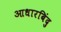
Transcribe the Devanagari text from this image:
आधारबिंदु